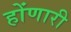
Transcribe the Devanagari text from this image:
होंणारी